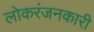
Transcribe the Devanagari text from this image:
लोकरंजनकारी